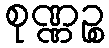
စုဏ္ဏဉ္စ